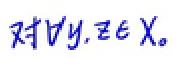
$\forall y,z\in X$。